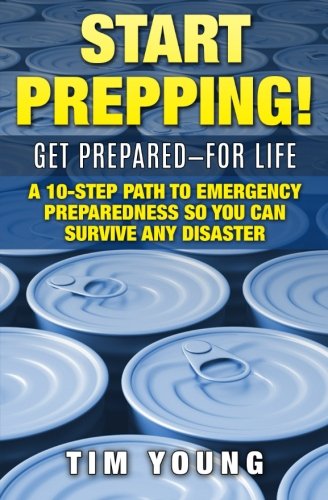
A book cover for Start Prepping!: GET PREPARED-FOR LIFE: A 10-Step Path to Emergency Preparedness So You Can Survive Any Disaster; Tim Young; Science & Math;